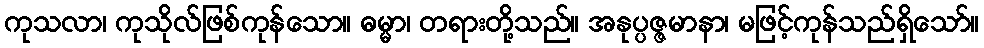
ကုသလာ၊ ကုသိုလ်ဖြစ်ကုန်သော။ ဓမ္မာ၊ တရားတို့သည်။ အနုပ္ပဇ္ဇမာနာ၊ မဖြင့်ကုန်သည်ရှိသော်။